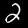
Label: 2